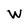
Character: W